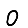
Digit: 0